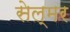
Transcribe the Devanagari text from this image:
सेल्मर